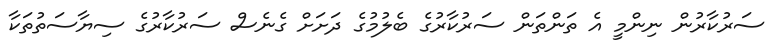
ސަރުކާރުން ނިންމީ އެ ތަންތަން ސަރުކާރުގެ ބެލުމުގެ ދަށަށް ގެނެސް ސަރުކާރުގެ ސިޔާސަތުތަކާ